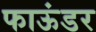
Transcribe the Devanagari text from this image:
फाऊंडर